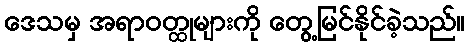
ဒေသမှ အရာဝတ္ထုများကို တွေ့မြင်နိုင်ခဲ့သည်။